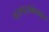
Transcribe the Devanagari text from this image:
परस्परसंबंधावर